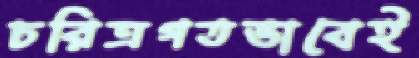
চরিত্রগতভাবেই